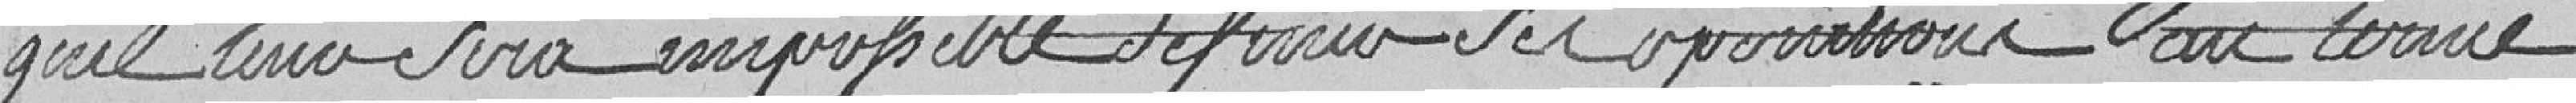
qu'il leur sera impossible de finir les opérations au terme